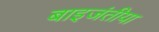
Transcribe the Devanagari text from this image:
बाइजंतीया